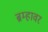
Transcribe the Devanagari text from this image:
ब्रम्हावर